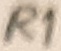
Text: R1